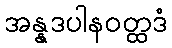
အန္နဒပါနဝတ္ထဒံ